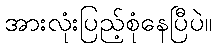
အားလုံးပြည့်စုံနေပြီပဲ။